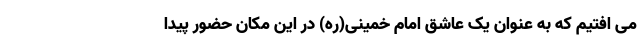
می افتیم که به عنوان یک عاشق امام خمینی(ره) در این مکان حضور پیدا